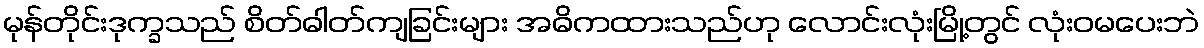
မုန်တိုင်းဒုက္ခသည် စိတ်ဓါတ်ကျခြင်းများ အဓိကထားသည်ဟု လောင်းလုံးမြို့တွင် လုံးဝမပေးဘဲ